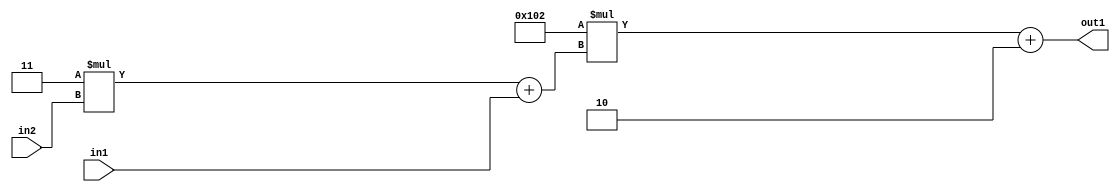
`timescale 1ps / 1ps
/*****************************************************************************
    Verilog RTL Description
    
    
    Created by: Stratus DpOpt 2019.1.01 
*******************************************************************************/

module DC_Filter_Add2i2Mul2i258Add2u1Mul2i3u2_1 (
	in2,
	in1,
	out1
	); /* architecture "behavioural" */ 
input [1:0] in2;
input  in1;
output [11:0] out1;
wire [11:0] asc001;
wire [3:0] asc002;

wire [3:0] asc002_tmp_0;
assign asc002_tmp_0 = 
	+(4'B0011 * in2);
assign asc002 = asc002_tmp_0
	+(in1);

wire [11:0] asc001_tmp_1;
assign asc001_tmp_1 = 
	+(12'B000100000010 * asc002);
assign asc001 = asc001_tmp_1
	+(12'B000000000010);

assign out1 = asc001;
endmodule

/* CADENCE  v7b0TQ0= : u9/ySgnWtBlWxVPRXgAZ4Og= ** DO NOT EDIT THIS LINE ******/